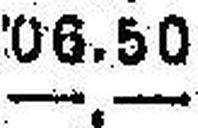
—.—